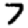
Digit: 7